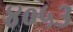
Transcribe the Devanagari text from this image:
४०५३